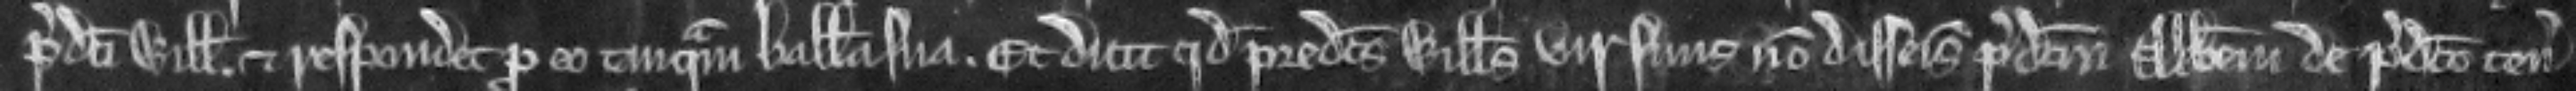
predicti Willelmi. et respondet pro eo tamquam balliua sua. Et dicit quod predictus Willelmus vir suus non disseisivit predictum Abbatem de predicto tenemento